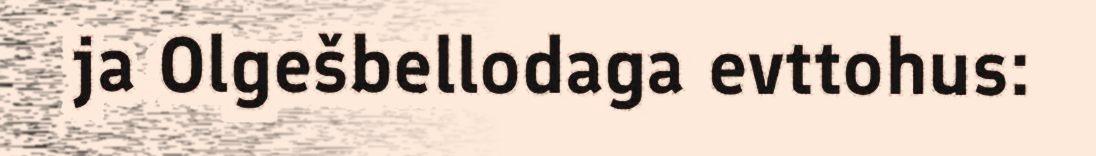
ja Olgešbellodaga evttohus: